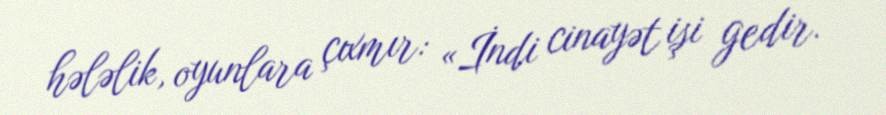
hələlik, oyunlara çıxmır: «İndi cinayət işi gedir.